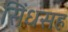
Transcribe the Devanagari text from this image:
सिंधसह